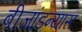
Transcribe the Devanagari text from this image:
बीजांडन्यास